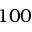
1 0 0